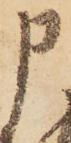
申